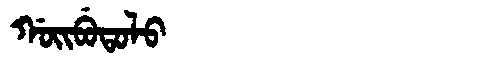
Manchu: ᡤᠣᡳᠪᡠᡨᠣᠯᠣ
Romanization: GOIBUTOLO